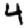
Digit: 4